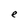
Character: e